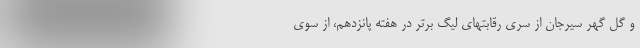
و گل گهر سیرجان از سری رقابتهای لیگ برتر در هفته پانزدهم، از سوی